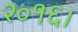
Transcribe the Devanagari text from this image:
२०१६।